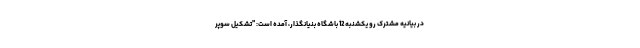
در بیانیه مشترک رو یکشنبه 12 باشگاه بنیانگذار، آمده است: "تشکیل سوپر